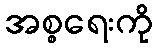
အစ္စရေးကို